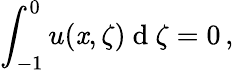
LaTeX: \int_{-1}^{0}u(\mathit{x},\zeta)\mathrm{{~d~}}\zeta=0\, ,